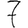
Digit: 7